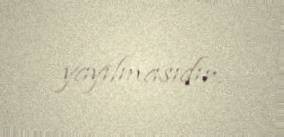
yayılmasıdır.